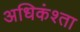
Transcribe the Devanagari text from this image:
अधिकंश्ता